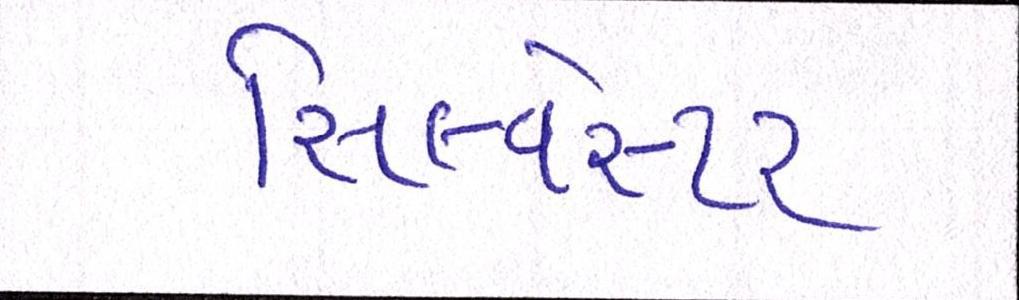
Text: સિલ્વેસ્ટર